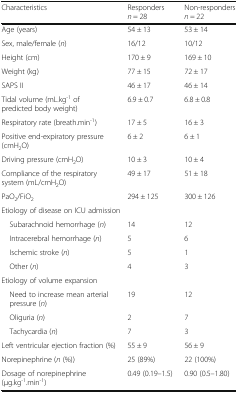
| Characteristics | Respondersn = 28 | Non-respondersn = 22 |
 | --- | --- | --- |
 | Age (years) | 54 ± 13 | 53 ± 14 |
 | Sex, male/female (n) | 16/12 | 10/12 |
 | Height (cm) | 170 ± 9 | 169 ± 10 |
 | Weight (kg) | 77 ± 15 | 72 ± 17 |
 | SAPS II | 46 ± 17 | 46 ± 14 |
 | Tidal volume (mL.kg-1 of predicted body weight) | 6.9 ± 0.7 | 6.8 ± 0.8 |
 | Respiratory rate (breath.min-1) | 17 ± 5 | 16 ± 3 |
 | Positive end-expiratory pressure (cmH2O) | 6 ± 2 | 6 ± 1 |
 | Driving pressure (cmH2O) | 10 ± 3 | 10 ± 4 |
 | Compliance of the respiratory system (mL/cmH2O) | 49 ± 17 | 51 ± 18 |
 | PaO2/FiO2 | 294 ± 125 | 300 ± 126 |
 | <COLSPAN=3> Etiology of disease on ICU admission |
 | Subarachnoid hemorrhage (n) | 14 | 12 |
 | Intracerebral hemorrhage (n) | 5 | 6 |
 | Ischemic stroke (n) | 5 | 1 |
 | Other (n) | 4 | 3 |
 | <COLSPAN=3> Etiology of volume expansion |
 | Need to increase mean arterial pressure (n) | 19 | 12 |
 | Oliguria (n) | 2 | 7 |
 | Tachycardia (n) | 7 | 3 |
 | Left ventricular ejection fraction (%) | 55 ± 9 | 56 ± 9 |
 | Norepinephrine (n (%)) | 25 (89%) | 22 (100%) |
 | Dosage of norepinephrine (μg.kg-1.min-1) | 0.49 (0.19–1.5) | 0.90 (0.5–1.80) |